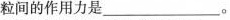
粒间的作用力是___。